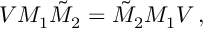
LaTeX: V M _ { 1 } \tilde { M } _ { 2 } = \tilde { M } _ { 2 } M _ { 1 } V \, ,